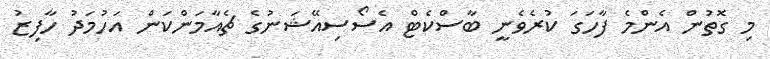
މި ގޮތުން އެންމެ ފާހަގަ ކުރެވެނީ ބާސްކެޓް އެސޯސިއޭޝަނުގެ ޗެއާމަންކަން އަހުމަދު ހާފިޒު